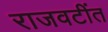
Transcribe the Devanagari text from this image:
राजवटींत